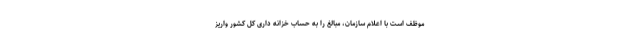
موظف است با اعلام سازمان، مبالغ را به حساب خزانه داری کل کشور واریز